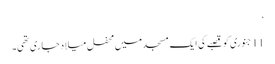
‘
11 جنوری کو قصبے کی ایک مسجد میں محفل میلاد جاری تھی۔